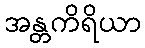
အန္တကိရိယာ